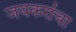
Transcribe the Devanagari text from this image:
जयकरांचा